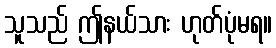
သူသည် ဤနယ်သား ဟုတ်ပုံမရ။